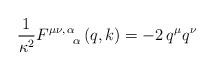
LaTeX: \begin{align*}{\frac{1}{\kappa^2}}F_{\;\quad \;\;\alpha }^{\mu \nu ,\,\alpha }\left(q,k\right) =-2\,q^\mu q^\nu\end{align*}